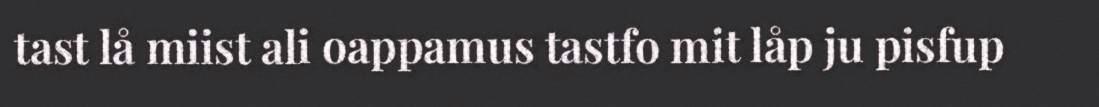
tast lå miist ali oappamus tastfo mit låp ju pisfup